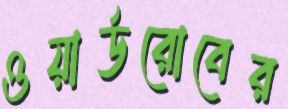
ওয়ার্ডরোবের